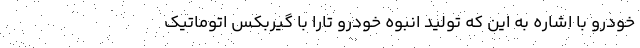
خودرو با اشاره به این که تولید انبوه خودرو تارا با گیربکس اتوماتیک